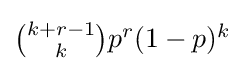
{\textstyle {\binom {k+r-1}{k}}p^{r}(1-p)^{k}}